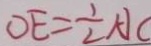
O E = \frac { 1 } { 2 } A C